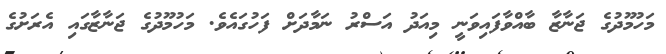
މަހުމޫދުގެ ޖަނާޒާ ބާއްވާފައިވަނީ މިއަދު އަސްރު ނަމާދަށް ފަހުގައެވެ. މަހުމޫދުގެ ޖަނާޒާގައި އެރަށުގެ